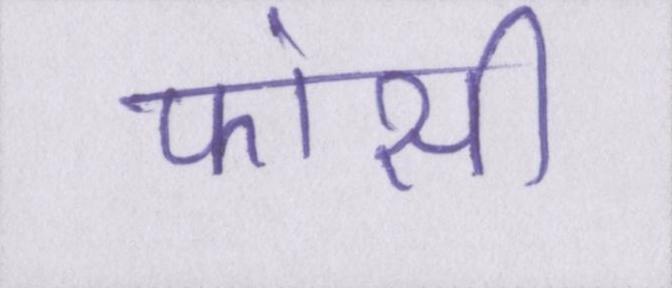
फांसी